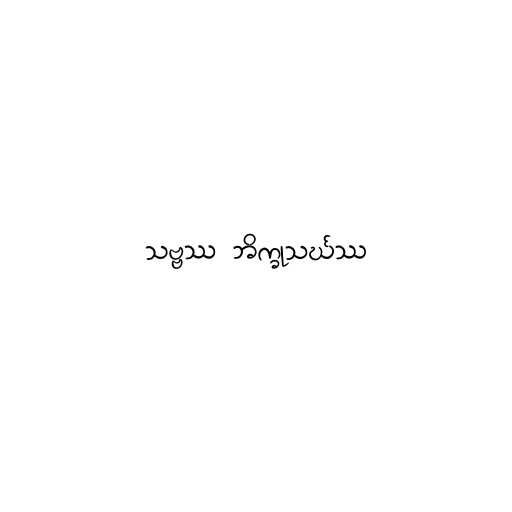
သဗ္ဗဿ ဘိက္ခုသင်္ဃဿ